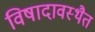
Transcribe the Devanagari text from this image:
विषादावस्थैत